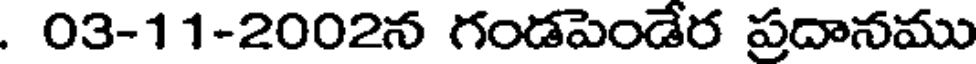
. 03-11-2002న గండపెండేర ప్రదానము